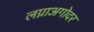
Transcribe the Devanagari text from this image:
लग्नाअगोदर